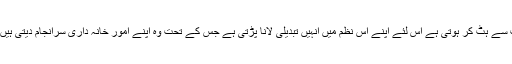
اب سحری اور افطاری کی تیاری چونکہ روزمرہ کے اوقات سے ہٹ کر ہوتی ہے اس لئے اپنے اس نظم میں انہیں تبدیلی لانا پڑتی ہے جس کے تحت وہ اپنے امورِ خانہ داری سرانجام دیتی ہیں اور یہ خوبی رب کریم نے خواتین میں بہت ودیعت کی ہے۔